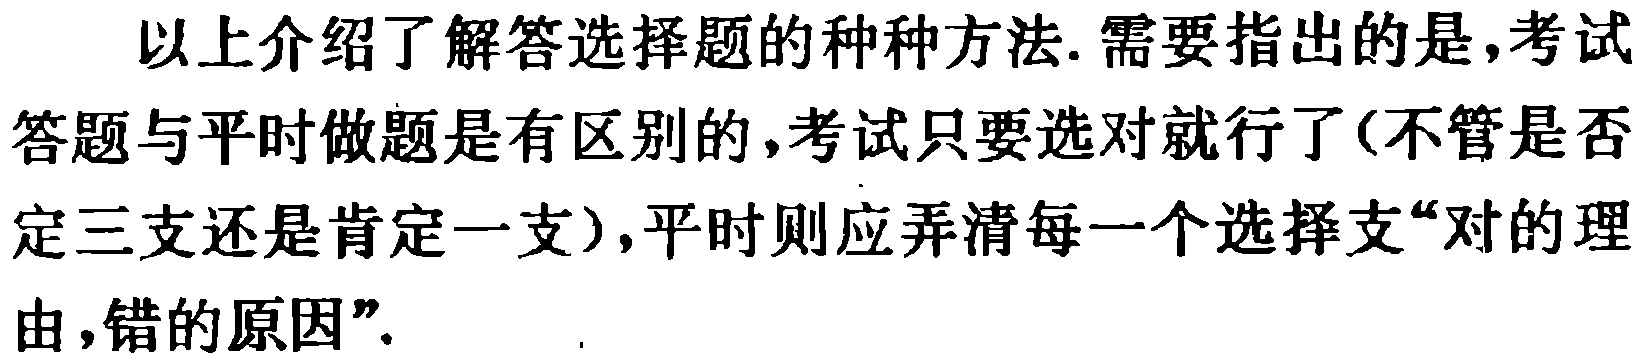
以上介绍了解答选择题的种种方法. 需要指出的是,考试答题与平时做题是有区别的,考试只要选对就行了(不管是否定三支还是肯定一支),平时则应弄清每一个选择支“对的理由,错的原因”.